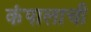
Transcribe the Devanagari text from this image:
कंपालाची